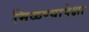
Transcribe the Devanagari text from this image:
मिळण्यापेक्षा